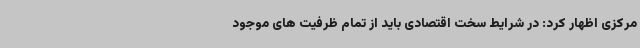
مرکزی اظهار کرد: در شرایط سخت اقتصادی باید از تمام ظرفیت های موجود